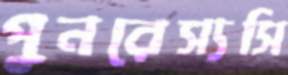
পুনরেস্যসি